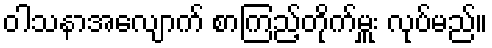
ဝါသနာအလျောက် စာကြည့်တိုက်မှူး လုပ်မည်။